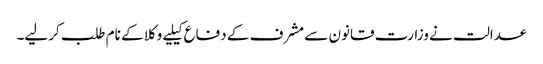
عدالت نے وزارت قانون سے مشرف کے دفاع کیلیے وکلا کے نام طلب کرلیے۔